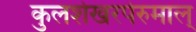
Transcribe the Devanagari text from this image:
कुलशेखरपेरुमाल्